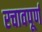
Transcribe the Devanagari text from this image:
रचावपूर्ण